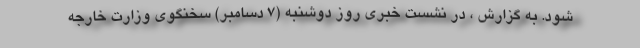
شود. به گزارش ، در نشست خبری روز دوشنبه (7 دسامبر) سخنگوی وزارت خارجه